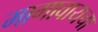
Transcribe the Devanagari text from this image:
मागावायचा